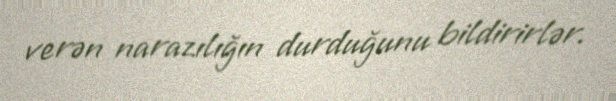
verən narazılığın durduğunu bildirirlər.